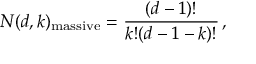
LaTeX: N ( d , k ) _ { \mathrm { m a s s i v e } } = \frac { ( d - 1 ) ! } { k ! ( d - 1 - k ) ! } \, ,